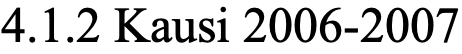
4.1.2 Kausi 2006-2007